Report on sanitation, dispensaries, and jails in Rajputana for 1913, and on vaccination for the year 1913-1914 - 1913-1914
Year: 1913
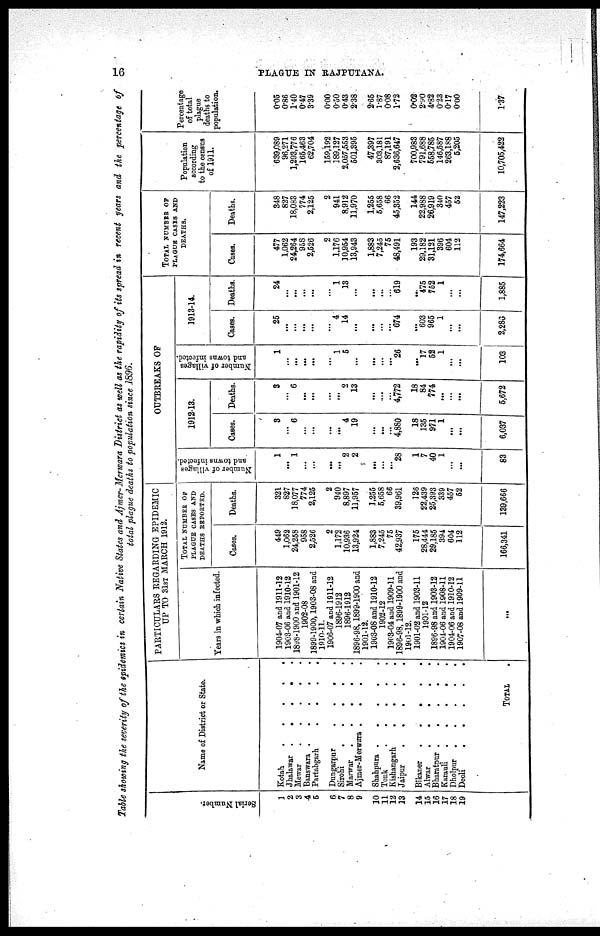
16
PLAGUE IN RAJPUTANA.
Table showing the severity of the epidemics in certain Native States and Ajmer-Merwara District as well as the rapidity of its spread in recent years and the percentage of
total plague deaths to population since 1896.
Serial Number.
1
2
3
4
5
6
7
8
9
10
11
12
13
14
15
16
17
18
19
Name of District or State.
Kotah
.
.
.
.
.
Jhalawar . . . . .
Mewar
.
.
.
.
.
Banswara
.
.
.
.
.
Partabgarh . . . . .
Dungarpur
.
.
.
.
.
Sirohi
.
.
.
.
.
.
Marwar
.
.
.
.
.
Ajmer-Merwarra
.
.
.
.
Shahpura
.
.
.
.
.
.
Tonk
.
.
.
.
.
Kishangarh
.
.
.
.
.
.
Jaipur . . . . .
Bikaner
.
.
.
.
.
.
Alwar
.
.
.
.
.
Bharatpur . . . . . . .
Karauli
.
.
.
.
.
.
Dholpur
.
.
.
.
.
.
Deoli
.
.
.
.
.
TOTAL .
PARTICULARS REGARDING EPIDEMIC
UP TO 31st MARCH 1912.
Years in which infected.
1904-07 and 1911-12
1903-06 and 1910-12
1898-1900 and 1901-12
1902-08
1899-1900,1903-08 and
1910-11.
1906-07 and 1911-12
1896-1912
1896-1912
1896-98,1899-1900 and
1901-12.
1903-08 and 1910-12
1902-12
1903-04 and 1909-11
1896-98,1899-1900 and
1901-12.
1901-02 and 1903-11
1901-12
1896-98 and 1903-12
1904-06 and 1908-11
1904-06 and 1910-12
1907-08 and 1909-11
...
TOTAL NUMBER OF
PLAGUE CASES AND
DEATHS REPORTED.
Cases.
449
1,062
24,258
958
2,526
2
1,172
10,936
13,924
1,883
7,245
75
42,937
175
28,444
29,185
394
604
112
166,341
Deaths.
321
827
38,077
774
2,125
2
940
8,897
11,957
1,255
5,658
66
39,961
126
22,439
25,393
339
457
52
139,666
OUTBREAKS OF
Number of villages
and towns infected.
1
...
1
...
...
...
...
2
2
...
...
...
28
1
7
40
1
...
...
83
1912-13.
Cases.
3
...
6
...
...
...
...
4
19
...
...
...
4,880
18
135
971
1
...
...
6,037
Deaths.
3
...
6
...
...
...
...
2
13
...
....
...
4,772
18
84
774
...
...
...
5,672
Number of villages
and towns infected.
1
...
...
...
...
...
1
5
...
...
...
...
26
...
17
52
1
...
...
103
1913-14.
Cases.
25
...
...
...
...
...
4
14
...
...
...
...
674
...
603
965
1
...
...
2,286
Deaths.
24
...
...
...
...
...
1
13
...
...
....
...
619
...
475
752
1
...
...
1,885
TOTAL NUMBER OF
PLAGUE CASES AND
DEATHS.
Cases.
477
1,062
24,264
958
2,526
2
1,176
10,954
13,943
1,883
7,245
75
48,491
193
29,182
31,121
396
604
112
174,664
Deaths.
348
827
18,083
774
2,125
2
941
8,912
11,970
1,255
5,658
66
45,352
144
22,988
26,919
340
457
52
147,223
Population
according
to the census
of 1911.
639,089
96,271
1,293,776
165,463
62,704
159,192
189,127
2,057,553
501,395
47,397
303,181
87,191
2,636,647
700,983
791,688
558,785
146,587
263,188
5,205
10,705,422
Percentage
of total
plague
deaths to
population.
0.05
0.86
1.40
0.47
3.39
0.00
0.50
0.43
2.38
2.65
1.87
0.08
1.72
0.02
2.90
4.82
0.23
0.17
0.00
1.37